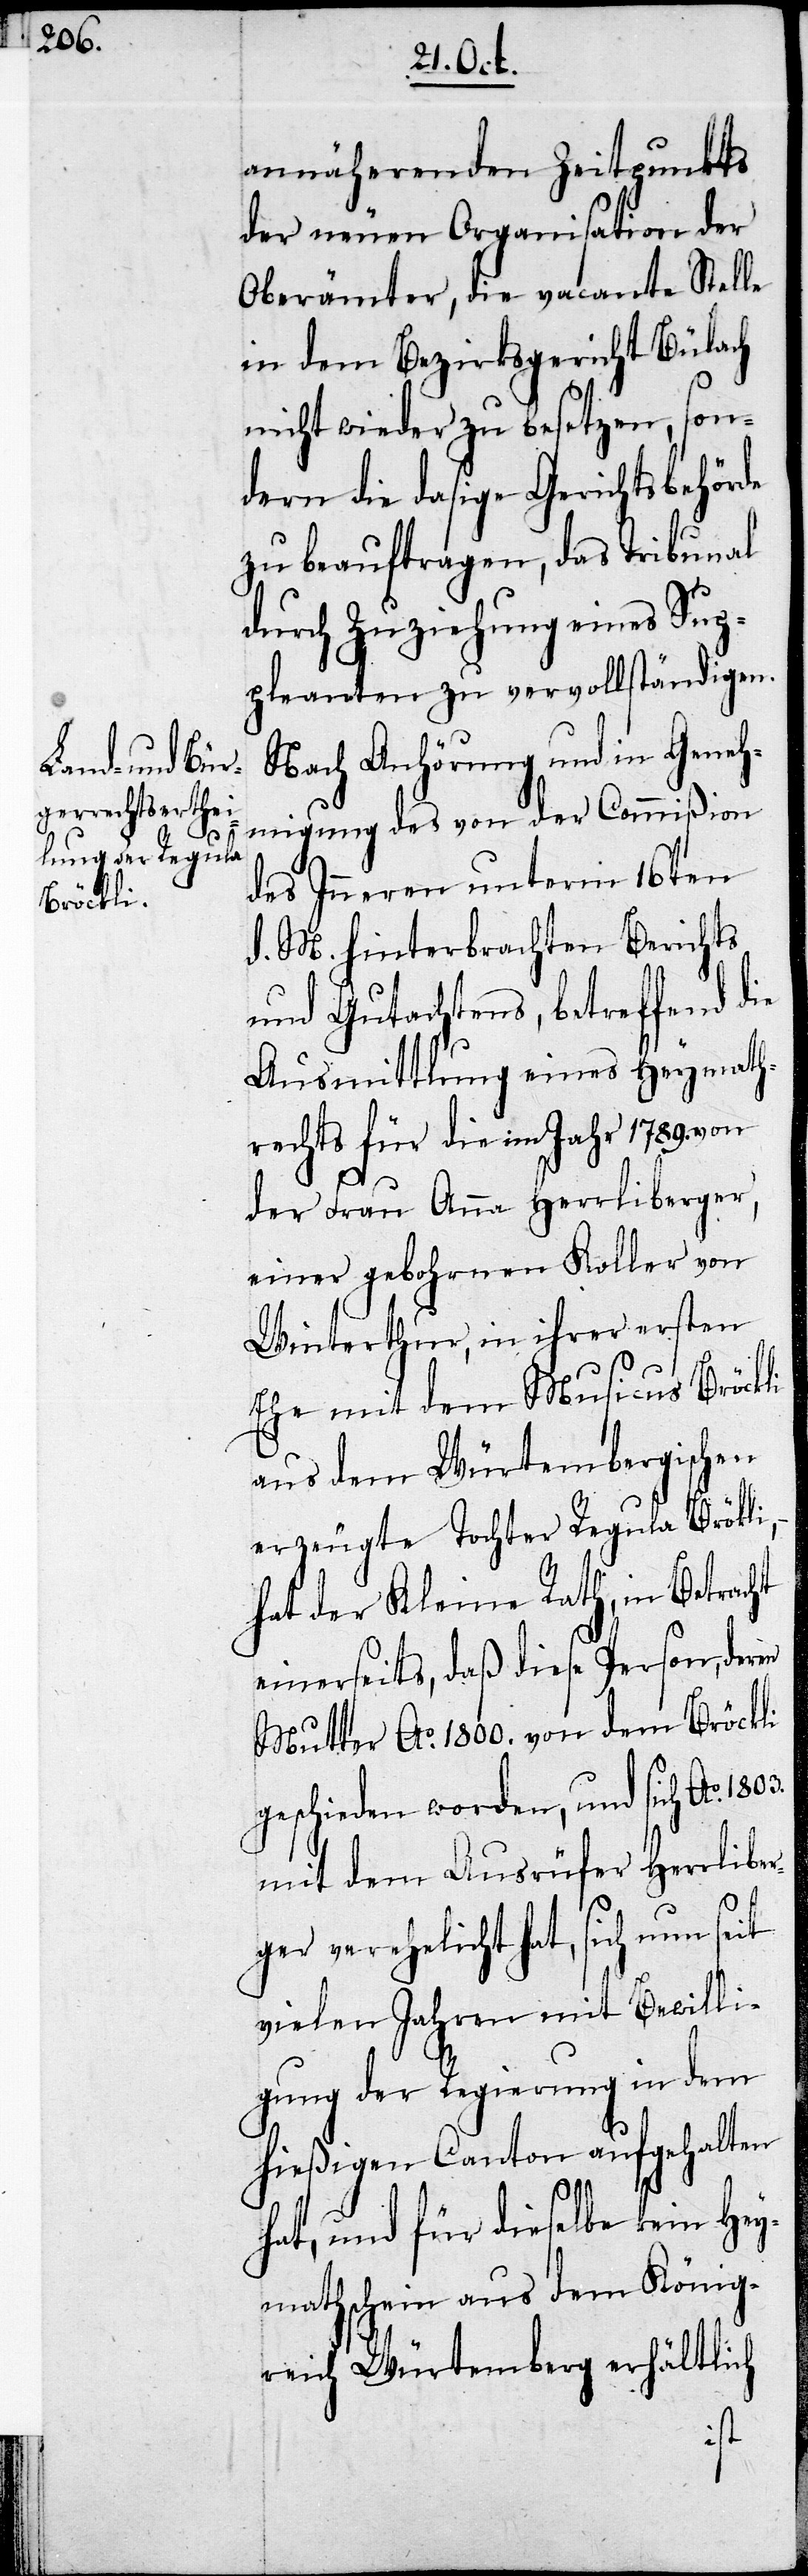
1803.

annähernden Zeitpunkts
der neuen Organisation der
Oberämter, die vacante Stelle
in dem Bezirksgericht Bülach
nicht wieder zu besetzen, son¬
dern die dasige Gerichtsbehörde
zu beauftragen, das Tribunal
durch Zuziehung eines Sup¬
pleanten zu vervollständigen.
Nach Anhörung und in Geneh¬
migung des von der Commißion
des Inneren unterm 16ten
d. M. hinterbrachten Berichts
und Gutachtens, betreffend die
Ausmittlung eines Heymath¬
rechts für die im Jahr 1789. von
der Frau Anna Herrliberger,
einer gebohrnen Koller von
Winterthur, in ihrer ersten
Ehe mit dem Musicus Bröckli
aus dem Würtembergischen
erzeugte Tochter Regula Bröckli,
hat der Kleine Rath, in Betracht
einerseits, daß diese Person, deren
Mutter Ao. 1800. von dem Bröckli
geschieden worden, und sich Ao.
mit dem Ausrüfer Herrliber¬
ger verehelicht hat, sich nun seit
vielen Jahren mit Bewilli¬
gung der Regierung in dem
hießigen Canton aufgehalten
hat, und für dieselbe kein Hey¬
mathschein aus dem König¬
reich Würtemberg erhältlich